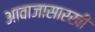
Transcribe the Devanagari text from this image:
आवाजासारखी